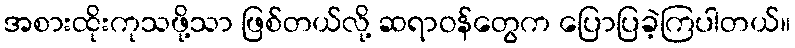
အစားထိုးကုသဖို့သာ ဖြစ်တယ်လို့ ဆရာဝန်တွေက ပြောပြခဲ့ကြပါတယ်။